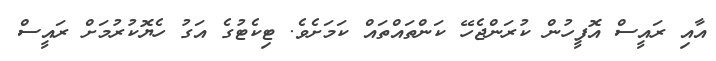
އާއި ރައީސް އޮފީހުން ކުރަންޖެހޭ ކަންތައްތައް ކަމަށެވެ. ޓިކެޓުގެ އަގު ހެޔޮކުރުމަށް ރައީސް